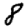
Digit: 8